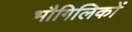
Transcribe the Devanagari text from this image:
भौगिलिकों